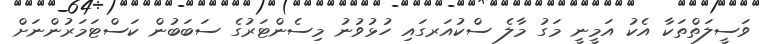
ވަސީލަތްތަކާ އެކު އަމީނީ މަގު މާލެ ސްކުއަރގައި ހުޅުވުނު މިސެންޓަރުގެ ސަބަބުން ކަސްޓަމަރުންނަށް